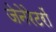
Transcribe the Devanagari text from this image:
जेनेरेटरों